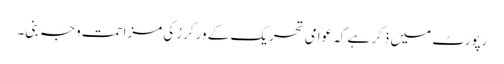
رپورٹ میں ذکر ہے کہ عوامی تحریک کے ورکرزکی مزاحمت وجہ بنی۔